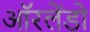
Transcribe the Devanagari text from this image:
ऑरलेंडो